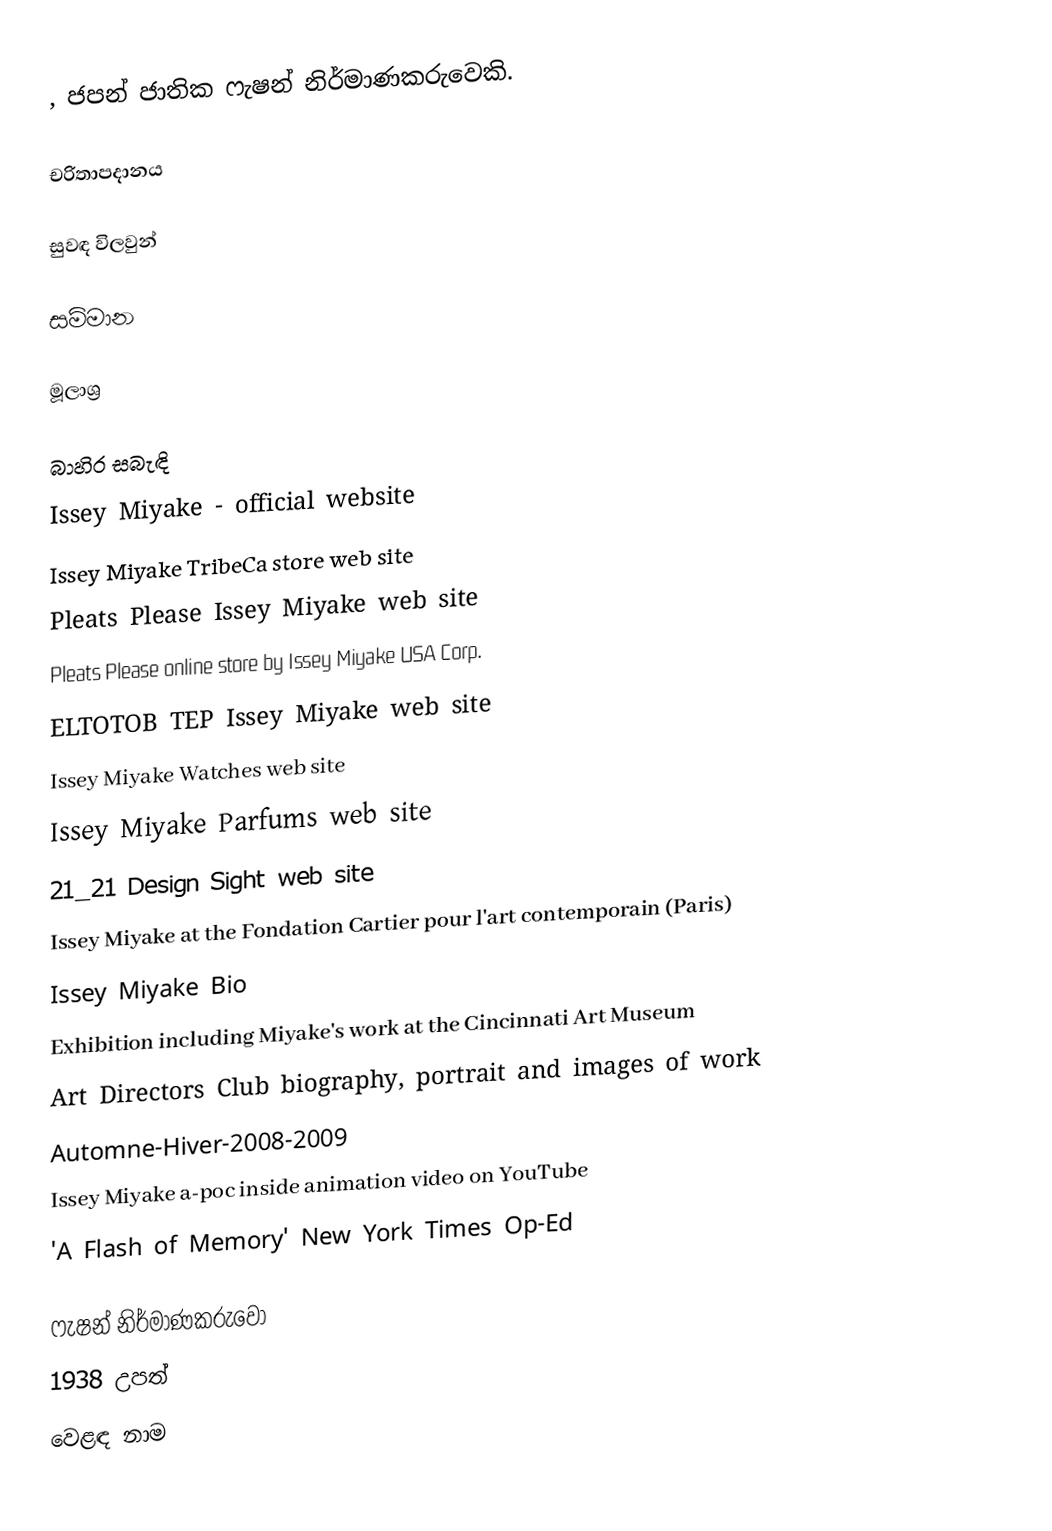
, ජපන් ජාතික ෆැෂන් නිර්මාණකරුවෙකි.

චරිතාපදානය

සුවඳ විලවුන්

සම්මාන

මූලාශ්‍ර

බාහිර සබැඳි
 Issey Miyake - official website
 Issey Miyake TribeCa store web site
 Pleats Please Issey Miyake web site
 Pleats Please online store by Issey Miyake USA Corp.
 ELTOTOB TEP Issey Miyake web site
 Issey Miyake Watches web site
 Issey Miyake Parfums web site
 21_21 Design Sight web site
 Issey Miyake at the Fondation Cartier pour l'art contemporain (Paris)
 Issey Miyake Bio
 Exhibition including Miyake's work at the Cincinnati Art Museum
 Art Directors Club biography, portrait and images of work
 Automne-Hiver-2008-2009
 Issey Miyake a-poc inside animation video on YouTube
 'A Flash of Memory' New York Times Op-Ed

ෆැෂන් නිර්මාණකරුවෝ
1938 උපත්
වෙළඳ නාම